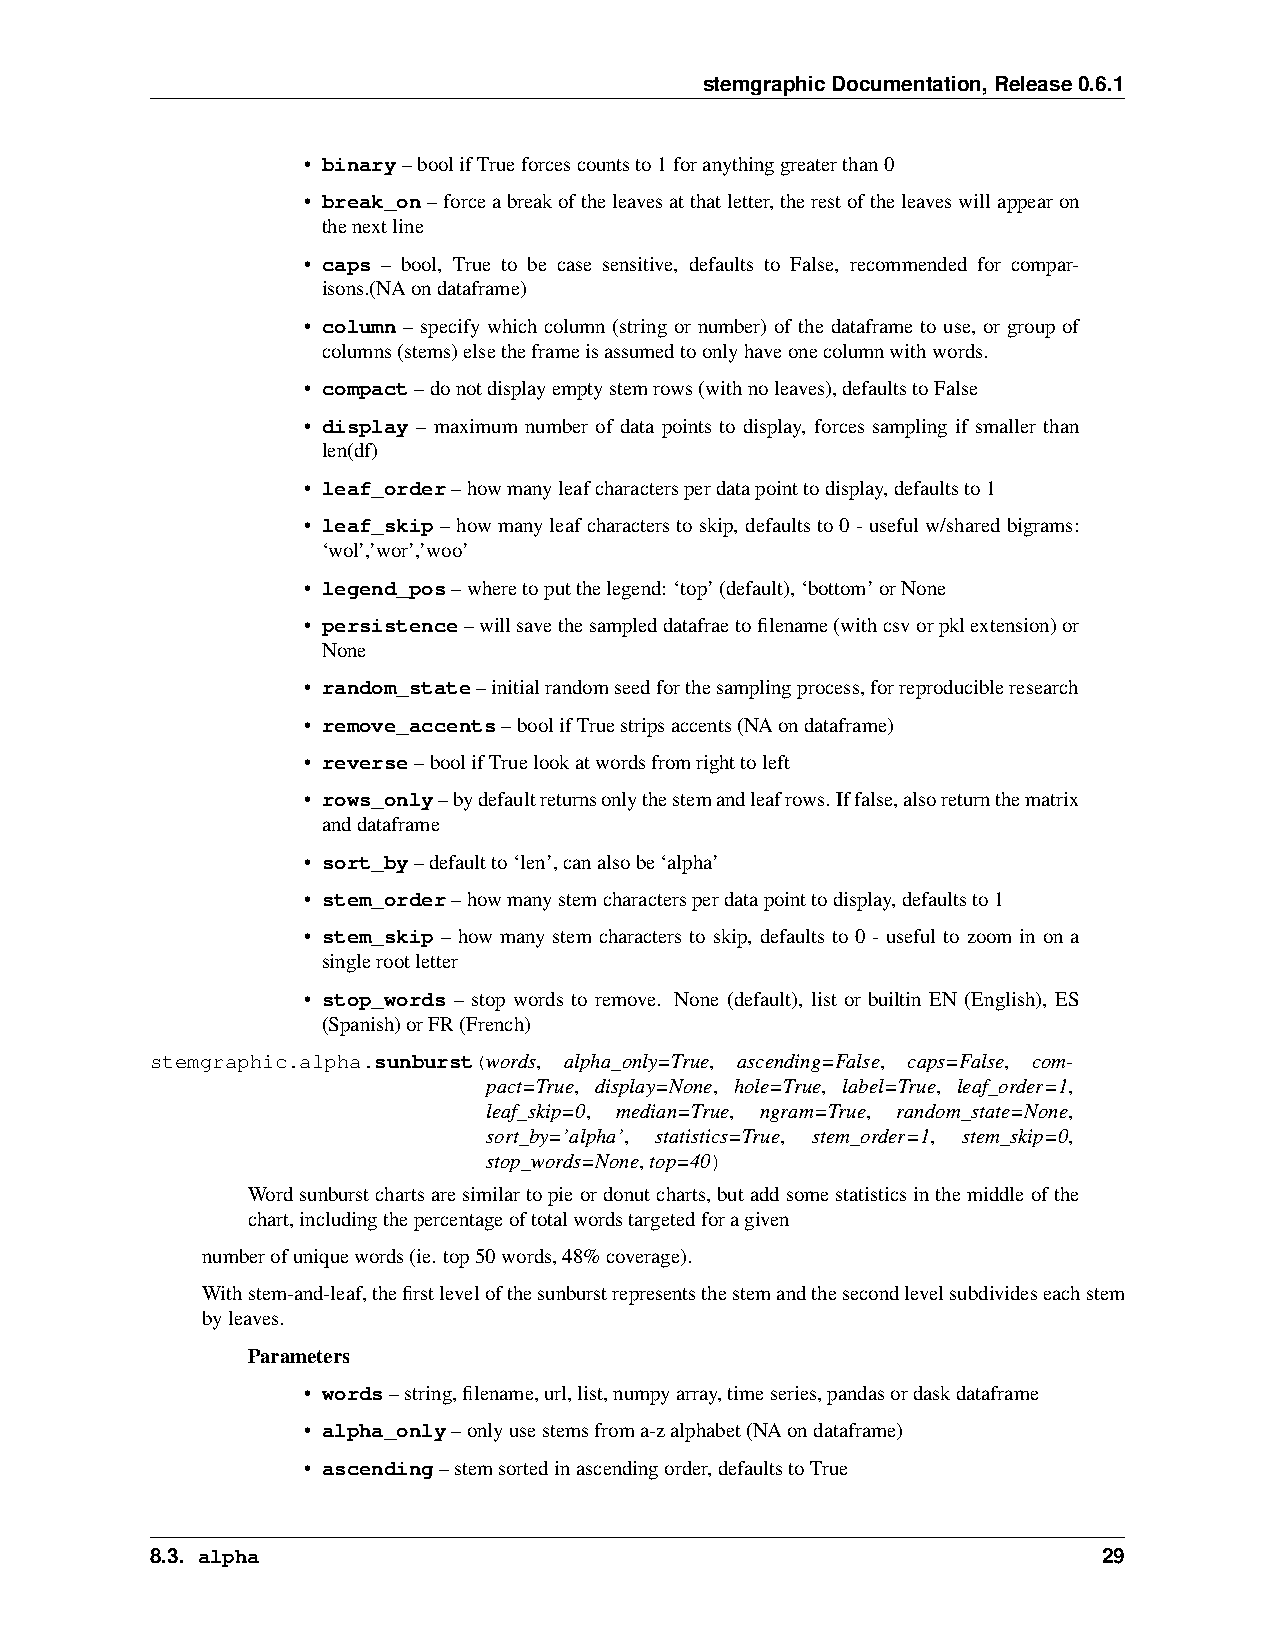
stemgraphicDocumentation,Release0.6.1
 • binary–boolifTrueforcescountsto1foranythinggreaterthan0
 • break_on–forceabreakoftheleavesatthatletter,therestoftheleaveswillappearon
 thenextline
 • caps – bool, True to be case sensitive, defaults to False, recommended for compar-
 isons.(NAondataframe)
 • column – specify which column (string or number) of the dataframe to use, or group of
 columns(stems)elsetheframeisassumedtoonlyhaveonecolumnwithwords.
 • compact–donotdisplayemptystemrows(withnoleaves),defaultstoFalse
 • display – maximum number of data points to display, forces sampling if smaller than
 len(df)
 • leaf_order–howmanyleafcharactersperdatapointtodisplay,defaultsto1
 • leaf_skip–howmanyleafcharacterstoskip, defaultsto0-usefulw/sharedbigrams:
 ‘wol’,’wor’,’woo’
 • legend_pos–wheretoputthelegend: ‘top’(default),‘bottom’orNone
 • persistence–willsavethesampleddatafraetofilename(withcsvorpklextension)or
 None
 • random_state–initialrandomseedforthesamplingprocess,forreproducibleresearch
 • remove_accents–boolifTruestripsaccents(NAondataframe)
 • reverse–boolifTruelookatwordsfromrighttoleft
 • rows_only–bydefaultreturnsonlythestemandleafrows.Iffalse,alsoreturnthematrix
 anddataframe
 • sort_by–defaultto‘len’,canalsobe‘alpha’
 • stem_order–howmanystemcharactersperdatapointtodisplay,defaultsto1
 • stem_skip – how many stem characters to skip, defaults to 0 - useful to zoom in on a
 singlerootletter
 • stop_words – stop words to remove. None (default), list or builtin EN (English), ES
 (Spanish)orFR(French)
 stemgraphic.alpha.sunburst(words, alpha_only=True, ascending=False, caps=False, com-
 pact=True, display=None, hole=True, label=True, leaf_order=1,
 leaf_skip=0, median=True, ngram=True, random_state=None,
 sort_by=’alpha’, statistics=True, stem_order=1, stem_skip=0,
 stop_words=None,top=40)
 Wordsunburstchartsaresimilartopieordonutcharts, butaddsomestatisticsinthemiddleofthe
 chart,includingthepercentageoftotalwordstargetedforagiven
 numberofuniquewords(ie. top50words,48%coverage).
 Withstem-and-leaf,thefirstlevelofthesunburstrepresentsthestemandthesecondlevelsubdivideseachstem
 byleaves.
 Parameters
 • words–string,filename,url,list,numpyarray,timeseries,pandasordaskdataframe
 • alpha_only–onlyusestemsfroma-zalphabet(NAondataframe)
 • ascending–stemsortedinascendingorder,defaultstoTrue
 8.3. alpha                                                     29